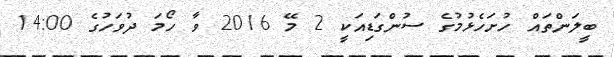
ބީލަންތައް ހުށަހެޅުމުގެ ސުންގަޑިއަކީ 2 މޭ 2016 ވާ ހޯމަ ދުވަހުގެ 14:00